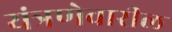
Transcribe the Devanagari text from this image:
यंत्रणेवारील